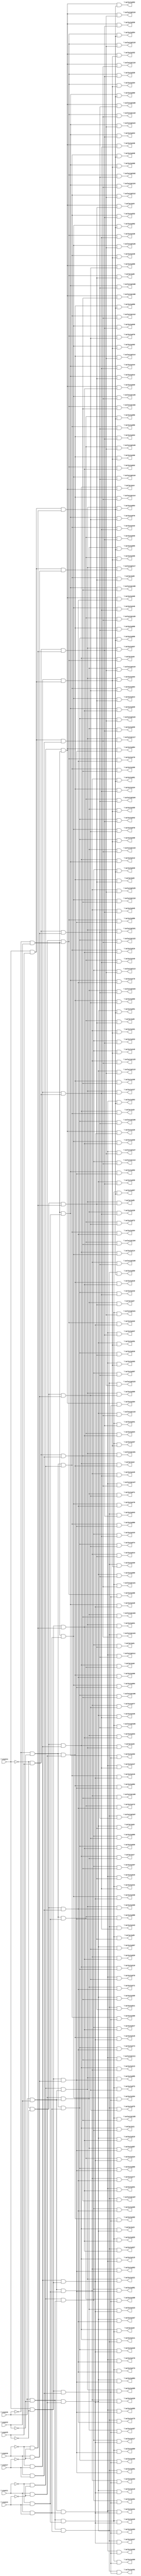
module top ( 
    \count0 , \count1 , \count2 , \count3 , \count4 , \count5 ,
    \count6 , \count7 ,
    \selectp10 , \selectp11 , \selectp12 , \selectp13 ,
    \selectp14 , \selectp15 , \selectp16 , \selectp17 ,
    \selectp18 , \selectp19 , \selectp110 , \selectp111 ,
    \selectp112 , \selectp113 , \selectp114 , \selectp115 ,
    \selectp116 , \selectp117 , \selectp118 , \selectp119 ,
    \selectp120 , \selectp121 , \selectp122 , \selectp123 ,
    \selectp124 , \selectp125 , \selectp126 , \selectp127 ,
    \selectp128 , \selectp129 , \selectp130 , \selectp131 ,
    \selectp132 , \selectp133 , \selectp134 , \selectp135 ,
    \selectp136 , \selectp137 , \selectp138 , \selectp139 ,
    \selectp140 , \selectp141 , \selectp142 , \selectp143 ,
    \selectp144 , \selectp145 , \selectp146 , \selectp147 ,
    \selectp148 , \selectp149 , \selectp150 , \selectp151 ,
    \selectp152 , \selectp153 , \selectp154 , \selectp155 ,
    \selectp156 , \selectp157 , \selectp158 , \selectp159 ,
    \selectp160 , \selectp161 , \selectp162 , \selectp163 ,
    \selectp164 , \selectp165 , \selectp166 , \selectp167 ,
    \selectp168 , \selectp169 , \selectp170 , \selectp171 ,
    \selectp172 , \selectp173 , \selectp174 , \selectp175 ,
    \selectp176 , \selectp177 , \selectp178 , \selectp179 ,
    \selectp180 , \selectp181 , \selectp182 , \selectp183 ,
    \selectp184 , \selectp185 , \selectp186 , \selectp187 ,
    \selectp188 , \selectp189 , \selectp190 , \selectp191 ,
    \selectp192 , \selectp193 , \selectp194 , \selectp195 ,
    \selectp196 , \selectp197 , \selectp198 , \selectp199 ,
    \selectp1100 , \selectp1101 , \selectp1102 , \selectp1103 ,
    \selectp1104 , \selectp1105 , \selectp1106 , \selectp1107 ,
    \selectp1108 , \selectp1109 , \selectp1110 , \selectp1111 ,
    \selectp1112 , \selectp1113 , \selectp1114 , \selectp1115 ,
    \selectp1116 , \selectp1117 , \selectp1118 , \selectp1119 ,
    \selectp1120 , \selectp1121 , \selectp1122 , \selectp1123 ,
    \selectp1124 , \selectp1125 , \selectp1126 , \selectp1127 ,
    \selectp20 , \selectp21 , \selectp22 , \selectp23 ,
    \selectp24 , \selectp25 , \selectp26 , \selectp27 ,
    \selectp28 , \selectp29 , \selectp210 , \selectp211 ,
    \selectp212 , \selectp213 , \selectp214 , \selectp215 ,
    \selectp216 , \selectp217 , \selectp218 , \selectp219 ,
    \selectp220 , \selectp221 , \selectp222 , \selectp223 ,
    \selectp224 , \selectp225 , \selectp226 , \selectp227 ,
    \selectp228 , \selectp229 , \selectp230 , \selectp231 ,
    \selectp232 , \selectp233 , \selectp234 , \selectp235 ,
    \selectp236 , \selectp237 , \selectp238 , \selectp239 ,
    \selectp240 , \selectp241 , \selectp242 , \selectp243 ,
    \selectp244 , \selectp245 , \selectp246 , \selectp247 ,
    \selectp248 , \selectp249 , \selectp250 , \selectp251 ,
    \selectp252 , \selectp253 , \selectp254 , \selectp255 ,
    \selectp256 , \selectp257 , \selectp258 , \selectp259 ,
    \selectp260 , \selectp261 , \selectp262 , \selectp263 ,
    \selectp264 , \selectp265 , \selectp266 , \selectp267 ,
    \selectp268 , \selectp269 , \selectp270 , \selectp271 ,
    \selectp272 , \selectp273 , \selectp274 , \selectp275 ,
    \selectp276 , \selectp277 , \selectp278 , \selectp279 ,
    \selectp280 , \selectp281 , \selectp282 , \selectp283 ,
    \selectp284 , \selectp285 , \selectp286 , \selectp287 ,
    \selectp288 , \selectp289 , \selectp290 , \selectp291 ,
    \selectp292 , \selectp293 , \selectp294 , \selectp295 ,
    \selectp296 , \selectp297 , \selectp298 , \selectp299 ,
    \selectp2100 , \selectp2101 , \selectp2102 , \selectp2103 ,
    \selectp2104 , \selectp2105 , \selectp2106 , \selectp2107 ,
    \selectp2108 , \selectp2109 , \selectp2110 , \selectp2111 ,
    \selectp2112 , \selectp2113 , \selectp2114 , \selectp2115 ,
    \selectp2116 , \selectp2117 , \selectp2118 , \selectp2119 ,
    \selectp2120 , \selectp2121 , \selectp2122 , \selectp2123 ,
    \selectp2124 , \selectp2125 , \selectp2126 , \selectp2127   );
  input  \count0 , \count1 , \count2 , \count3 , \count4 ,
    \count5 , \count6 , \count7 ;
  output \selectp10 , \selectp11 , \selectp12 , \selectp13 ,
    \selectp14 , \selectp15 , \selectp16 , \selectp17 ,
    \selectp18 , \selectp19 , \selectp110 , \selectp111 ,
    \selectp112 , \selectp113 , \selectp114 , \selectp115 ,
    \selectp116 , \selectp117 , \selectp118 , \selectp119 ,
    \selectp120 , \selectp121 , \selectp122 , \selectp123 ,
    \selectp124 , \selectp125 , \selectp126 , \selectp127 ,
    \selectp128 , \selectp129 , \selectp130 , \selectp131 ,
    \selectp132 , \selectp133 , \selectp134 , \selectp135 ,
    \selectp136 , \selectp137 , \selectp138 , \selectp139 ,
    \selectp140 , \selectp141 , \selectp142 , \selectp143 ,
    \selectp144 , \selectp145 , \selectp146 , \selectp147 ,
    \selectp148 , \selectp149 , \selectp150 , \selectp151 ,
    \selectp152 , \selectp153 , \selectp154 , \selectp155 ,
    \selectp156 , \selectp157 , \selectp158 , \selectp159 ,
    \selectp160 , \selectp161 , \selectp162 , \selectp163 ,
    \selectp164 , \selectp165 , \selectp166 , \selectp167 ,
    \selectp168 , \selectp169 , \selectp170 , \selectp171 ,
    \selectp172 , \selectp173 , \selectp174 , \selectp175 ,
    \selectp176 , \selectp177 , \selectp178 , \selectp179 ,
    \selectp180 , \selectp181 , \selectp182 , \selectp183 ,
    \selectp184 , \selectp185 , \selectp186 , \selectp187 ,
    \selectp188 , \selectp189 , \selectp190 , \selectp191 ,
    \selectp192 , \selectp193 , \selectp194 , \selectp195 ,
    \selectp196 , \selectp197 , \selectp198 , \selectp199 ,
    \selectp1100 , \selectp1101 , \selectp1102 , \selectp1103 ,
    \selectp1104 , \selectp1105 , \selectp1106 , \selectp1107 ,
    \selectp1108 , \selectp1109 , \selectp1110 , \selectp1111 ,
    \selectp1112 , \selectp1113 , \selectp1114 , \selectp1115 ,
    \selectp1116 , \selectp1117 , \selectp1118 , \selectp1119 ,
    \selectp1120 , \selectp1121 , \selectp1122 , \selectp1123 ,
    \selectp1124 , \selectp1125 , \selectp1126 , \selectp1127 ,
    \selectp20 , \selectp21 , \selectp22 , \selectp23 ,
    \selectp24 , \selectp25 , \selectp26 , \selectp27 ,
    \selectp28 , \selectp29 , \selectp210 , \selectp211 ,
    \selectp212 , \selectp213 , \selectp214 , \selectp215 ,
    \selectp216 , \selectp217 , \selectp218 , \selectp219 ,
    \selectp220 , \selectp221 , \selectp222 , \selectp223 ,
    \selectp224 , \selectp225 , \selectp226 , \selectp227 ,
    \selectp228 , \selectp229 , \selectp230 , \selectp231 ,
    \selectp232 , \selectp233 , \selectp234 , \selectp235 ,
    \selectp236 , \selectp237 , \selectp238 , \selectp239 ,
    \selectp240 , \selectp241 , \selectp242 , \selectp243 ,
    \selectp244 , \selectp245 , \selectp246 , \selectp247 ,
    \selectp248 , \selectp249 , \selectp250 , \selectp251 ,
    \selectp252 , \selectp253 , \selectp254 , \selectp255 ,
    \selectp256 , \selectp257 , \selectp258 , \selectp259 ,
    \selectp260 , \selectp261 , \selectp262 , \selectp263 ,
    \selectp264 , \selectp265 , \selectp266 , \selectp267 ,
    \selectp268 , \selectp269 , \selectp270 , \selectp271 ,
    \selectp272 , \selectp273 , \selectp274 , \selectp275 ,
    \selectp276 , \selectp277 , \selectp278 , \selectp279 ,
    \selectp280 , \selectp281 , \selectp282 , \selectp283 ,
    \selectp284 , \selectp285 , \selectp286 , \selectp287 ,
    \selectp288 , \selectp289 , \selectp290 , \selectp291 ,
    \selectp292 , \selectp293 , \selectp294 , \selectp295 ,
    \selectp296 , \selectp297 , \selectp298 , \selectp299 ,
    \selectp2100 , \selectp2101 , \selectp2102 , \selectp2103 ,
    \selectp2104 , \selectp2105 , \selectp2106 , \selectp2107 ,
    \selectp2108 , \selectp2109 , \selectp2110 , \selectp2111 ,
    \selectp2112 , \selectp2113 , \selectp2114 , \selectp2115 ,
    \selectp2116 , \selectp2117 , \selectp2118 , \selectp2119 ,
    \selectp2120 , \selectp2121 , \selectp2122 , \selectp2123 ,
    \selectp2124 , \selectp2125 , \selectp2126 , \selectp2127 ;
  wire n265, n266, n267, n268, n269, n270, n272, n273, n275, n276, n278,
    n280, n281, n283, n284, n286, n288, n290, n291, n293, n295, n296, n298,
    n300, n302, n304, n306, n308, n309, n326, n327, n344, n345, n362, n363,
    n380, n397, n414, n431, n432, n449, n466, n483, n500, n501, n518, n535,
    n552;
  assign n265 = ~\count4  & ~\count5 ;
  assign n266 = ~\count6  & \count7 ;
  assign n267 = n265 & n266;
  assign n268 = ~\count0  & ~\count2 ;
  assign n269 = ~\count1  & ~\count3 ;
  assign n270 = n268 & n269;
  assign \selectp10  = n267 & n270;
  assign n272 = \count0  & ~\count2 ;
  assign n273 = n269 & n272;
  assign \selectp11  = n267 & n273;
  assign n275 = \count1  & ~\count3 ;
  assign n276 = n268 & n275;
  assign \selectp12  = n267 & n276;
  assign n278 = n272 & n275;
  assign \selectp13  = n267 & n278;
  assign n280 = ~\count0  & \count2 ;
  assign n281 = n269 & n280;
  assign \selectp14  = n267 & n281;
  assign n283 = \count0  & \count2 ;
  assign n284 = n269 & n283;
  assign \selectp15  = n267 & n284;
  assign n286 = n275 & n280;
  assign \selectp16  = n267 & n286;
  assign n288 = n275 & n283;
  assign \selectp17  = n267 & n288;
  assign n290 = ~\count1  & \count3 ;
  assign n291 = n268 & n290;
  assign \selectp18  = n267 & n291;
  assign n293 = n272 & n290;
  assign \selectp19  = n267 & n293;
  assign n295 = \count1  & \count3 ;
  assign n296 = n268 & n295;
  assign \selectp110  = n267 & n296;
  assign n298 = n272 & n295;
  assign \selectp111  = n267 & n298;
  assign n300 = n280 & n290;
  assign \selectp112  = n267 & n300;
  assign n302 = n283 & n290;
  assign \selectp113  = n267 & n302;
  assign n304 = n280 & n295;
  assign \selectp114  = n267 & n304;
  assign n306 = n283 & n295;
  assign \selectp115  = n267 & n306;
  assign n308 = \count4  & ~\count5 ;
  assign n309 = n266 & n308;
  assign \selectp116  = n270 & n309;
  assign \selectp117  = n273 & n309;
  assign \selectp118  = n276 & n309;
  assign \selectp119  = n278 & n309;
  assign \selectp120  = n281 & n309;
  assign \selectp121  = n284 & n309;
  assign \selectp122  = n286 & n309;
  assign \selectp123  = n288 & n309;
  assign \selectp124  = n291 & n309;
  assign \selectp125  = n293 & n309;
  assign \selectp126  = n296 & n309;
  assign \selectp127  = n298 & n309;
  assign \selectp128  = n300 & n309;
  assign \selectp129  = n302 & n309;
  assign \selectp130  = n304 & n309;
  assign \selectp131  = n306 & n309;
  assign n326 = ~\count4  & \count5 ;
  assign n327 = n266 & n326;
  assign \selectp132  = n270 & n327;
  assign \selectp133  = n273 & n327;
  assign \selectp134  = n276 & n327;
  assign \selectp135  = n278 & n327;
  assign \selectp136  = n281 & n327;
  assign \selectp137  = n284 & n327;
  assign \selectp138  = n286 & n327;
  assign \selectp139  = n288 & n327;
  assign \selectp140  = n291 & n327;
  assign \selectp141  = n293 & n327;
  assign \selectp142  = n296 & n327;
  assign \selectp143  = n298 & n327;
  assign \selectp144  = n300 & n327;
  assign \selectp145  = n302 & n327;
  assign \selectp146  = n304 & n327;
  assign \selectp147  = n306 & n327;
  assign n344 = \count4  & \count5 ;
  assign n345 = n266 & n344;
  assign \selectp148  = n270 & n345;
  assign \selectp149  = n273 & n345;
  assign \selectp150  = n276 & n345;
  assign \selectp151  = n278 & n345;
  assign \selectp152  = n281 & n345;
  assign \selectp153  = n284 & n345;
  assign \selectp154  = n286 & n345;
  assign \selectp155  = n288 & n345;
  assign \selectp156  = n291 & n345;
  assign \selectp157  = n293 & n345;
  assign \selectp158  = n296 & n345;
  assign \selectp159  = n298 & n345;
  assign \selectp160  = n300 & n345;
  assign \selectp161  = n302 & n345;
  assign \selectp162  = n304 & n345;
  assign \selectp163  = n306 & n345;
  assign n362 = \count6  & \count7 ;
  assign n363 = n265 & n362;
  assign \selectp164  = n270 & n363;
  assign \selectp165  = n273 & n363;
  assign \selectp166  = n276 & n363;
  assign \selectp167  = n278 & n363;
  assign \selectp168  = n281 & n363;
  assign \selectp169  = n284 & n363;
  assign \selectp170  = n286 & n363;
  assign \selectp171  = n288 & n363;
  assign \selectp172  = n291 & n363;
  assign \selectp173  = n293 & n363;
  assign \selectp174  = n296 & n363;
  assign \selectp175  = n298 & n363;
  assign \selectp176  = n300 & n363;
  assign \selectp177  = n302 & n363;
  assign \selectp178  = n304 & n363;
  assign \selectp179  = n306 & n363;
  assign n380 = n308 & n362;
  assign \selectp180  = n270 & n380;
  assign \selectp181  = n273 & n380;
  assign \selectp182  = n276 & n380;
  assign \selectp183  = n278 & n380;
  assign \selectp184  = n281 & n380;
  assign \selectp185  = n284 & n380;
  assign \selectp186  = n286 & n380;
  assign \selectp187  = n288 & n380;
  assign \selectp188  = n291 & n380;
  assign \selectp189  = n293 & n380;
  assign \selectp190  = n296 & n380;
  assign \selectp191  = n298 & n380;
  assign \selectp192  = n300 & n380;
  assign \selectp193  = n302 & n380;
  assign \selectp194  = n304 & n380;
  assign \selectp195  = n306 & n380;
  assign n397 = n326 & n362;
  assign \selectp196  = n270 & n397;
  assign \selectp197  = n273 & n397;
  assign \selectp198  = n276 & n397;
  assign \selectp199  = n278 & n397;
  assign \selectp1100  = n281 & n397;
  assign \selectp1101  = n284 & n397;
  assign \selectp1102  = n286 & n397;
  assign \selectp1103  = n288 & n397;
  assign \selectp1104  = n291 & n397;
  assign \selectp1105  = n293 & n397;
  assign \selectp1106  = n296 & n397;
  assign \selectp1107  = n298 & n397;
  assign \selectp1108  = n300 & n397;
  assign \selectp1109  = n302 & n397;
  assign \selectp1110  = n304 & n397;
  assign \selectp1111  = n306 & n397;
  assign n414 = n344 & n362;
  assign \selectp1112  = n270 & n414;
  assign \selectp1113  = n273 & n414;
  assign \selectp1114  = n276 & n414;
  assign \selectp1115  = n278 & n414;
  assign \selectp1116  = n281 & n414;
  assign \selectp1117  = n284 & n414;
  assign \selectp1118  = n286 & n414;
  assign \selectp1119  = n288 & n414;
  assign \selectp1120  = n291 & n414;
  assign \selectp1121  = n293 & n414;
  assign \selectp1122  = n296 & n414;
  assign \selectp1123  = n298 & n414;
  assign \selectp1124  = n300 & n414;
  assign \selectp1125  = n302 & n414;
  assign \selectp1126  = n304 & n414;
  assign \selectp1127  = n306 & n414;
  assign n431 = ~\count6  & ~\count7 ;
  assign n432 = n265 & n431;
  assign \selectp20  = n270 & n432;
  assign \selectp21  = n273 & n432;
  assign \selectp22  = n276 & n432;
  assign \selectp23  = n278 & n432;
  assign \selectp24  = n281 & n432;
  assign \selectp25  = n284 & n432;
  assign \selectp26  = n286 & n432;
  assign \selectp27  = n288 & n432;
  assign \selectp28  = n291 & n432;
  assign \selectp29  = n293 & n432;
  assign \selectp210  = n296 & n432;
  assign \selectp211  = n298 & n432;
  assign \selectp212  = n300 & n432;
  assign \selectp213  = n302 & n432;
  assign \selectp214  = n304 & n432;
  assign \selectp215  = n306 & n432;
  assign n449 = n308 & n431;
  assign \selectp216  = n270 & n449;
  assign \selectp217  = n273 & n449;
  assign \selectp218  = n276 & n449;
  assign \selectp219  = n278 & n449;
  assign \selectp220  = n281 & n449;
  assign \selectp221  = n284 & n449;
  assign \selectp222  = n286 & n449;
  assign \selectp223  = n288 & n449;
  assign \selectp224  = n291 & n449;
  assign \selectp225  = n293 & n449;
  assign \selectp226  = n296 & n449;
  assign \selectp227  = n298 & n449;
  assign \selectp228  = n300 & n449;
  assign \selectp229  = n302 & n449;
  assign \selectp230  = n304 & n449;
  assign \selectp231  = n306 & n449;
  assign n466 = n326 & n431;
  assign \selectp232  = n270 & n466;
  assign \selectp233  = n273 & n466;
  assign \selectp234  = n276 & n466;
  assign \selectp235  = n278 & n466;
  assign \selectp236  = n281 & n466;
  assign \selectp237  = n284 & n466;
  assign \selectp238  = n286 & n466;
  assign \selectp239  = n288 & n466;
  assign \selectp240  = n291 & n466;
  assign \selectp241  = n293 & n466;
  assign \selectp242  = n296 & n466;
  assign \selectp243  = n298 & n466;
  assign \selectp244  = n300 & n466;
  assign \selectp245  = n302 & n466;
  assign \selectp246  = n304 & n466;
  assign \selectp247  = n306 & n466;
  assign n483 = n344 & n431;
  assign \selectp248  = n270 & n483;
  assign \selectp249  = n273 & n483;
  assign \selectp250  = n276 & n483;
  assign \selectp251  = n278 & n483;
  assign \selectp252  = n281 & n483;
  assign \selectp253  = n284 & n483;
  assign \selectp254  = n286 & n483;
  assign \selectp255  = n288 & n483;
  assign \selectp256  = n291 & n483;
  assign \selectp257  = n293 & n483;
  assign \selectp258  = n296 & n483;
  assign \selectp259  = n298 & n483;
  assign \selectp260  = n300 & n483;
  assign \selectp261  = n302 & n483;
  assign \selectp262  = n304 & n483;
  assign \selectp263  = n306 & n483;
  assign n500 = \count6  & ~\count7 ;
  assign n501 = n265 & n500;
  assign \selectp264  = n270 & n501;
  assign \selectp265  = n273 & n501;
  assign \selectp266  = n276 & n501;
  assign \selectp267  = n278 & n501;
  assign \selectp268  = n281 & n501;
  assign \selectp269  = n284 & n501;
  assign \selectp270  = n286 & n501;
  assign \selectp271  = n288 & n501;
  assign \selectp272  = n291 & n501;
  assign \selectp273  = n293 & n501;
  assign \selectp274  = n296 & n501;
  assign \selectp275  = n298 & n501;
  assign \selectp276  = n300 & n501;
  assign \selectp277  = n302 & n501;
  assign \selectp278  = n304 & n501;
  assign \selectp279  = n306 & n501;
  assign n518 = n308 & n500;
  assign \selectp280  = n270 & n518;
  assign \selectp281  = n273 & n518;
  assign \selectp282  = n276 & n518;
  assign \selectp283  = n278 & n518;
  assign \selectp284  = n281 & n518;
  assign \selectp285  = n284 & n518;
  assign \selectp286  = n286 & n518;
  assign \selectp287  = n288 & n518;
  assign \selectp288  = n291 & n518;
  assign \selectp289  = n293 & n518;
  assign \selectp290  = n296 & n518;
  assign \selectp291  = n298 & n518;
  assign \selectp292  = n300 & n518;
  assign \selectp293  = n302 & n518;
  assign \selectp294  = n304 & n518;
  assign \selectp295  = n306 & n518;
  assign n535 = n326 & n500;
  assign \selectp296  = n270 & n535;
  assign \selectp297  = n273 & n535;
  assign \selectp298  = n276 & n535;
  assign \selectp299  = n278 & n535;
  assign \selectp2100  = n281 & n535;
  assign \selectp2101  = n284 & n535;
  assign \selectp2102  = n286 & n535;
  assign \selectp2103  = n288 & n535;
  assign \selectp2104  = n291 & n535;
  assign \selectp2105  = n293 & n535;
  assign \selectp2106  = n296 & n535;
  assign \selectp2107  = n298 & n535;
  assign \selectp2108  = n300 & n535;
  assign \selectp2109  = n302 & n535;
  assign \selectp2110  = n304 & n535;
  assign \selectp2111  = n306 & n535;
  assign n552 = n344 & n500;
  assign \selectp2112  = n270 & n552;
  assign \selectp2113  = n273 & n552;
  assign \selectp2114  = n276 & n552;
  assign \selectp2115  = n278 & n552;
  assign \selectp2116  = n281 & n552;
  assign \selectp2117  = n284 & n552;
  assign \selectp2118  = n286 & n552;
  assign \selectp2119  = n288 & n552;
  assign \selectp2120  = n291 & n552;
  assign \selectp2121  = n293 & n552;
  assign \selectp2122  = n296 & n552;
  assign \selectp2123  = n298 & n552;
  assign \selectp2124  = n300 & n552;
  assign \selectp2125  = n302 & n552;
  assign \selectp2126  = n304 & n552;
  assign \selectp2127  = n306 & n552;
endmodule